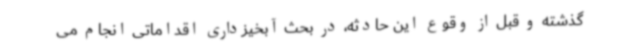
گذشته و قبل از وقوع این حادثه، در بحث آبخیزداری اقداماتی انجام می